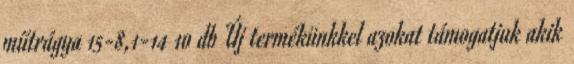
műtrágya 15-8,1-14 10 db Új termékünkkel azokat támogatjuk akik